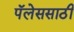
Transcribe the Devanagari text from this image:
पॅलेससाठी